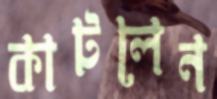
কাটলেন